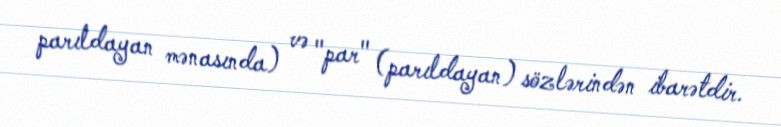
parıldayan mənasında) və "par" (parıldayan) sözlərindən ibarətdir.